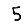
Digit: 5